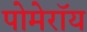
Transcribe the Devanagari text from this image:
पोमेरॉय